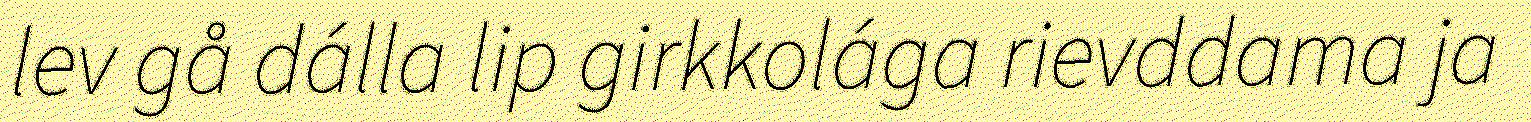
lev gå dálla lip girkkolága rievddama ja